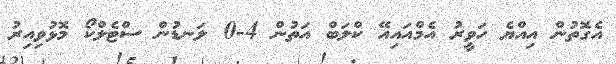
އެގޮތުން އިއްޔެ ހަވީރު އެމްއައިއޭ ކްލަބް އަތުން 4-0 ލަނޑުން ސްޓެލްކޯ މޮޅުވިއިރު